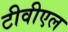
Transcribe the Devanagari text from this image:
टीवीएल